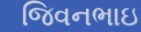
જિવનભાઇ